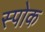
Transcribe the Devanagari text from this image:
स्‍पोक